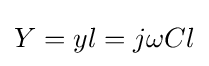
Y=yl=j\omega Cl